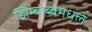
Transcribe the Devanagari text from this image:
झिम्बाब्वेमधले